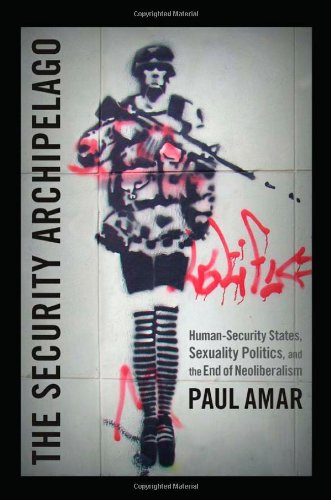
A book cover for The Security Archipelago: Human-Security States, Sexuality Politics, and the End of Neoliberalism (a Social Text book); Paul Amar; Law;